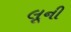
લૂની